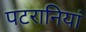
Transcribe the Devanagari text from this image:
पटरानियां